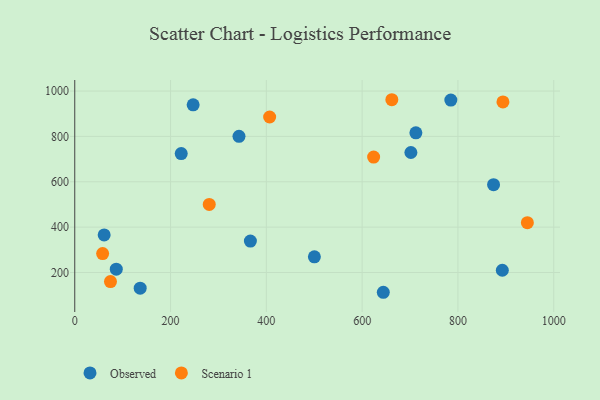
{"axis": {"x": "Investment", "y": "Sales"}, "legend": ["Observed", "Scenario 1"], "data": [{"x": "644.2", "y": 112.8, "type": "Observed"}, {"x": "892.7", "y": 209.8, "type": "Observed"}, {"x": "701.8", "y": 729.0, "type": "Observed"}, {"x": "86.7", "y": 214.5, "type": "Observed"}, {"x": "61.4", "y": 365.7, "type": "Observed"}, {"x": "500.3", "y": 269.1, "type": "Observed"}, {"x": "247.2", "y": 939.1, "type": "Observed"}, {"x": "366.7", "y": 338.4, "type": "Observed"}, {"x": "342.9", "y": 800.3, "type": "Observed"}, {"x": "712.2", "y": 815.7, "type": "Observed"}, {"x": "785.2", "y": 960.1, "type": "Observed"}, {"x": "874.4", "y": 587.0, "type": "Observed"}, {"x": "222.3", "y": 724.5, "type": "Observed"}, {"x": "136.6", "y": 130.8, "type": "Observed"}, {"x": "624.0", "y": 708.9, "type": "Scenario 1"}, {"x": "58.2", "y": 283.5, "type": "Scenario 1"}, {"x": "945.0", "y": 419.7, "type": "Scenario 1"}, {"x": "894.0", "y": 952.2, "type": "Scenario 1"}, {"x": "74.6", "y": 160.0, "type": "Scenario 1"}, {"x": "662.0", "y": 961.7, "type": "Scenario 1"}, {"x": "280.8", "y": 500.2, "type": "Scenario 1"}, {"x": "406.9", "y": 885.6, "type": "Scenario 1"}]}